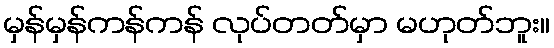
မှန်မှန်ကန်ကန် လုပ်တတ်မှာ မဟုတ်ဘူး။